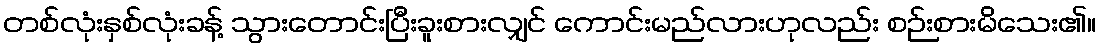
တစ်လုံးနှစ်လုံးခန့် သွားတောင်းပြီးခူးစားလျှင် ကောင်းမည်လားဟုလည်း စဉ်းစားမိသေး၏။